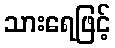
သားရေဖြင့်